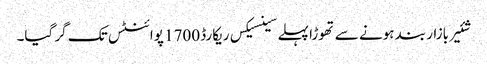
شئیر بازار بند ہونے سے تھوڑا پہلے سینسیکس ریکارڈ 1700 پوائنٹس تک گر گیا۔